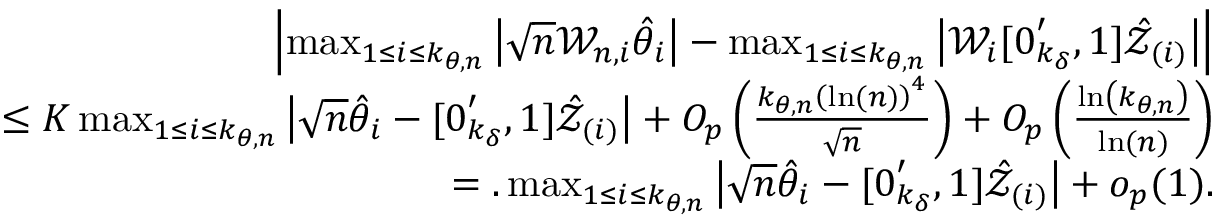
\begin{array} { r l r } & { } & { \left\vert \operatorname* { m a x } _ { 1 \leq i \leq k _ { \theta , n } } \left\vert \sqrt { n } \mathcal { W } _ { n , i } \hat { \theta } _ { i } \right\vert - \operatorname* { m a x } _ { 1 \leq i \leq k _ { \theta , n } } \left\vert \mathcal { W } _ { i } [ \boldsymbol { 0 } _ { k _ { \delta } } ^ { \prime } , 1 ] \mathcal { \hat { Z } } _ { ( i ) } \right\vert \right\vert } \\ & { } & { \mathrm { ~ \ \ \ \ \ \ \ } \leq K \operatorname* { m a x } _ { 1 \leq i \leq k _ { \theta , n } } \left\vert \sqrt { n } \hat { \theta } _ { i } - [ \boldsymbol { 0 } _ { k _ { \delta } } ^ { \prime } , 1 ] \mathcal { \hat { Z } } _ { ( i ) } \right\vert + O _ { p } \left( \frac { k _ { \theta , n } \left( \ln ( n ) \right) ^ { 4 } } { \sqrt { n } } \right) + O _ { p } \left( \frac { \ln \left( k _ { \theta , n } \right) } { \ln ( n ) } \right) } \\ & { } & { \mathrm { ~ \ \ \ \ \ \ \ } = . \operatorname* { m a x } _ { 1 \leq i \leq k _ { \theta , n } } \left\vert \sqrt { n } \hat { \theta } _ { i } - [ \boldsymbol { 0 } _ { k _ { \delta } } ^ { \prime } , 1 ] \mathcal { \hat { Z } } _ { ( i ) } \right\vert + o _ { p } ( 1 ) . } \end{array}